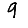
Digit: 9